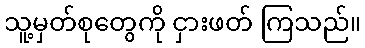
သူ့မှတ်စုတွေကို ငှားဖတ် ကြသည်။